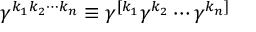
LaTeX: \gamma ^ { k _ { 1 } k _ { 2 } \cdots k _ { n } } \equiv \gamma ^ { [ k _ { 1 } } \gamma ^ { k _ { 2 } } \cdots \gamma ^ { k _ { n } ] }